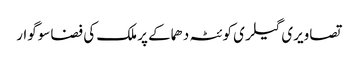
تصاویری گیلری کوئٹہ دھماکے پر ملک کی فضا سوگوار